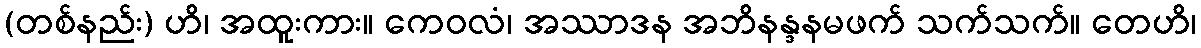
(တစ်နည်း) ဟိ၊ အထူးကား။ ကေဝလံ၊ အဿာဒန အဘိနန္ဒနမဖက် သက်သက်။ တေဟိ၊